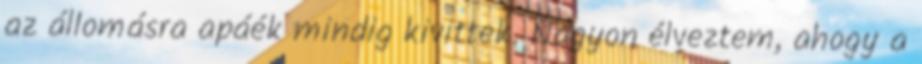
az állomásra apáék mindig kivittek. Nagyon élveztem, ahogy a